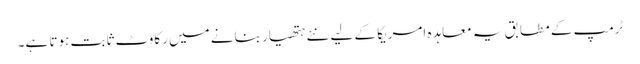
ٹرمپ کے مطابق یہ معاہدہ امریکا کے لیے نئے ہتھیار بنانے میں رکاوٹ ثابت ہوتا ہے۔